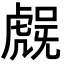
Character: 𮓨